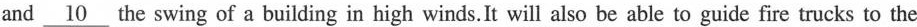
and \underline{10} the swing of a building in high winds.It will also be able to guide fire trucks to the